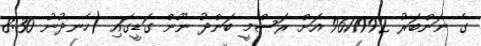
ގެ ނަންބަރު 9611992 އަށް ރަސްމީ ބަންދު ނޫން ގަޑީގައި (ހެނދުނު 8:30